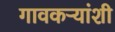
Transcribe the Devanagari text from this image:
गावकऱ्यांशी